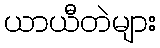
ယာယီတဲများ